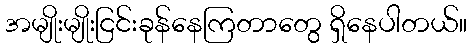
အမျိုးမျိုးငြင်းခုန်နေကြတာတွေ ရှိနေပါတယ်။